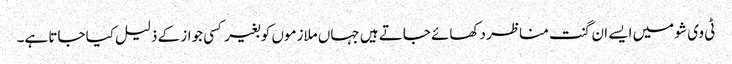
ٹی وی شو میں ایسے ان گنت مناظر دکھائے جاتے ہیں جہاں ملازموں کو بغیر کسی جواز کے ذلیل کیا جاتا ہے۔